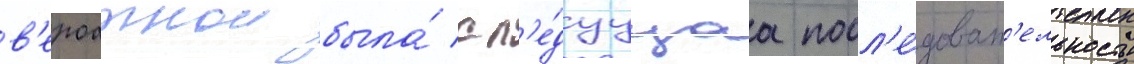
в'ероатнои была́ сл'е́дуущаа посл'е́доват'ельность